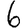
Digit: 6